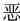
恶